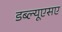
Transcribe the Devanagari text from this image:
डब्ल्यूएसए